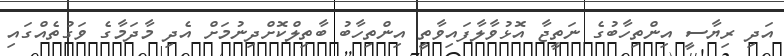
އަދި ރިޔާސީ އިންތިހާބުގެ ނަތީޖާ އޮޅުވާލާފައިވާތީ އިންތިހާބު ބާތިލްކޮށްދިނުމަށް އެދި މާދަމާގެ ވަގުތެއްގައި